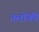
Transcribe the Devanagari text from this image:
तलोंकी